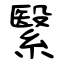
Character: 繄